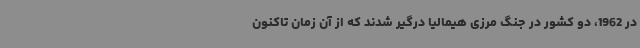
در 1962، دو کشور در جنگ مرزی هیمالیا درگیر شدند که از آن زمان تاکنون